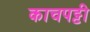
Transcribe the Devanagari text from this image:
काचपट्टी